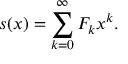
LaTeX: s ( x ) = \sum _ { k = 0 } ^ { \infty } F _ { k } x ^ { k } .